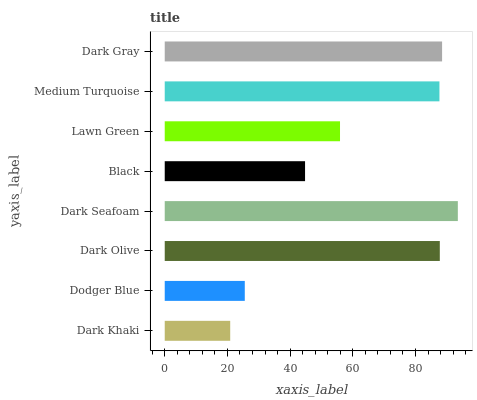
| yaxis_label | bars |
 | --- | --- |
 | Dark Khaki | 20.9 |
 | Dodger Blue | 25.5 |
 | Dark Olive | 87.8 |
 | Dark Seafoam | 93.5 |
 | Black | 44.8 |
 | Lawn Green | 55.9 |
 | Medium Turquoise | 87.7 |
 | Dark Gray | 88.5 |